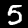
Digit: 5